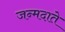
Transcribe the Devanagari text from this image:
जन्मदाते